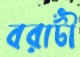
বরাটী